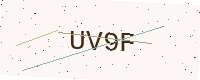
Text: UV9F